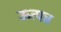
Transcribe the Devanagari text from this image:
ऊत्पन्न